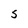
Character: S